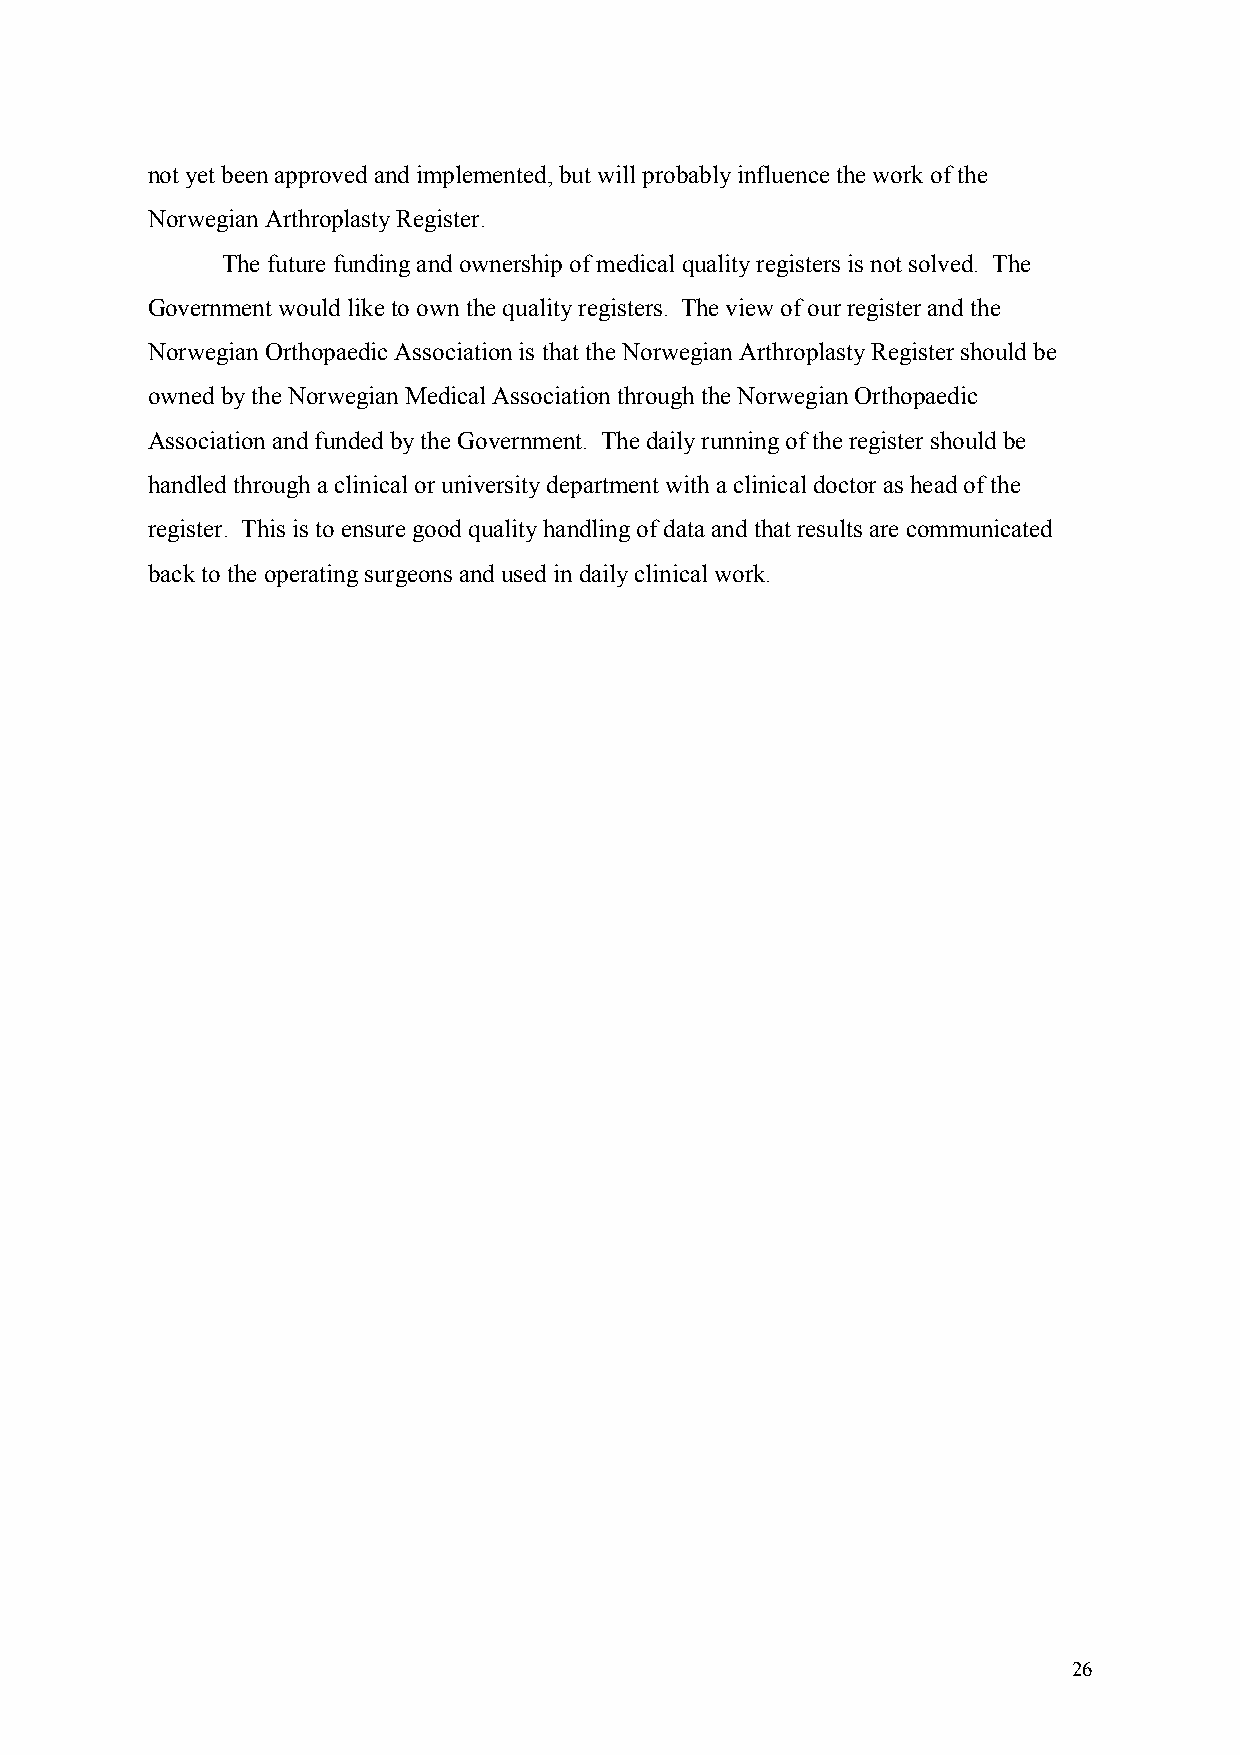
not yet been approved and implemented, but will probably influence the work of the
 Norwegian Arthroplasty Register.
 The future funding and ownership of medical quality registers is not solved. The
 Government would like to own the quality registers. The view of our register and the
 Norwegian Orthopaedic Association is that the Norwegian Arthroplasty Register should be
 owned by the Norwegian Medical Association through the Norwegian Orthopaedic
 Association and funded by the Government. The daily running of the register should be
 handled through a clinical or university department with a clinical doctor as head of the
 register. This is to ensure good quality handling of data and that results are communicated
 back to the operating surgeons and used in daily clinical work.
 26